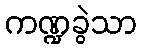
ကဏ္ဍခွဲသာ